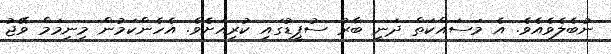
ނުބެލެވެއެވެ. އެ މަސައްކަތް ދަނީ ބާރު ސުޕީޑުގައި ކުރިއަށެެވެ. އެހެންކަމުން މިނިމަމް ވޭޖު